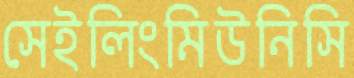
সেইলিংমিউনিসি